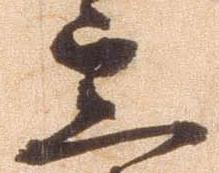
定